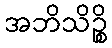
အဘိသိဉ္စိ